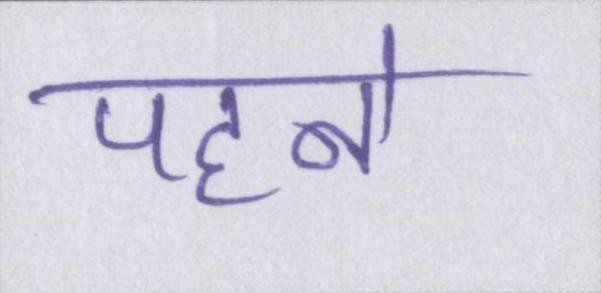
पहने